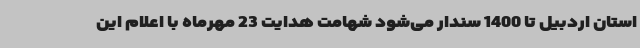
استان اردبیل تا 1400 سندار می‌شود شهامت هدایت 23 مهرماه با اعلام این